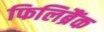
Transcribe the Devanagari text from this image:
फिलिब्रैंक